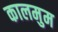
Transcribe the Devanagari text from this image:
कालमुम